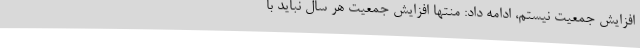
افزایش جمعیت نیستم، ادامه داد: منتها افزایش جمعیت هر سال نباید با